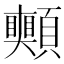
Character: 𩖀